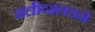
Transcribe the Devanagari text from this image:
क्लीव्हलंडने